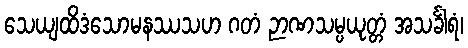
သေယျထိဒံသောမနဿသဟ ဂတံ ဉာဏသမ္ပယုတ္တံ အသင်္ခါရံ၊